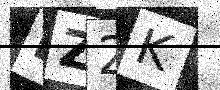
Text: EZ2K